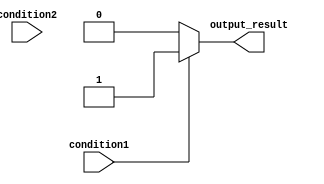
module if_else_logic (
    input wire condition1,
    input wire condition2,
    output reg output_result
);

always @ (*)
begin
    if (condition1) begin
        output_result = 1;
    end
    else if (condition2) begin
        output_result = 2;
    end
    else begin
        output_result = 0;
    end
end

endmodule